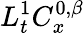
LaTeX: L_{t}^{1}C_{x}^{0,\beta}